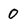
Character: 0